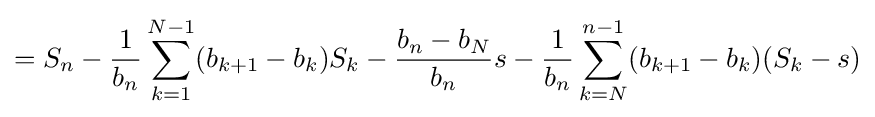
=S_{n}-{\frac {1}{b_{n}}}\sum _{k=1}^{N-1}(b_{k+1}-b_{k})S_{k}-{\frac {b_{n}-b_{N}}{b_{n}}}s-{\frac {1}{b_{n}}}\sum _{k=N}^{n-1}(b_{k+1}-b_{k})(S_{k}-s)